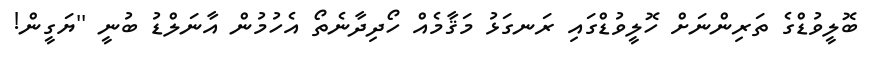
ބޮލީވުޑްގެ ތަރިންނަށް ހޮލީވުޑްގައި ރަނގަޅު މަޤާމެއް ހޯދިދާނެތޯ އެހުމުން އާނަލްޑު ބުނީ ''ޔަގީން!